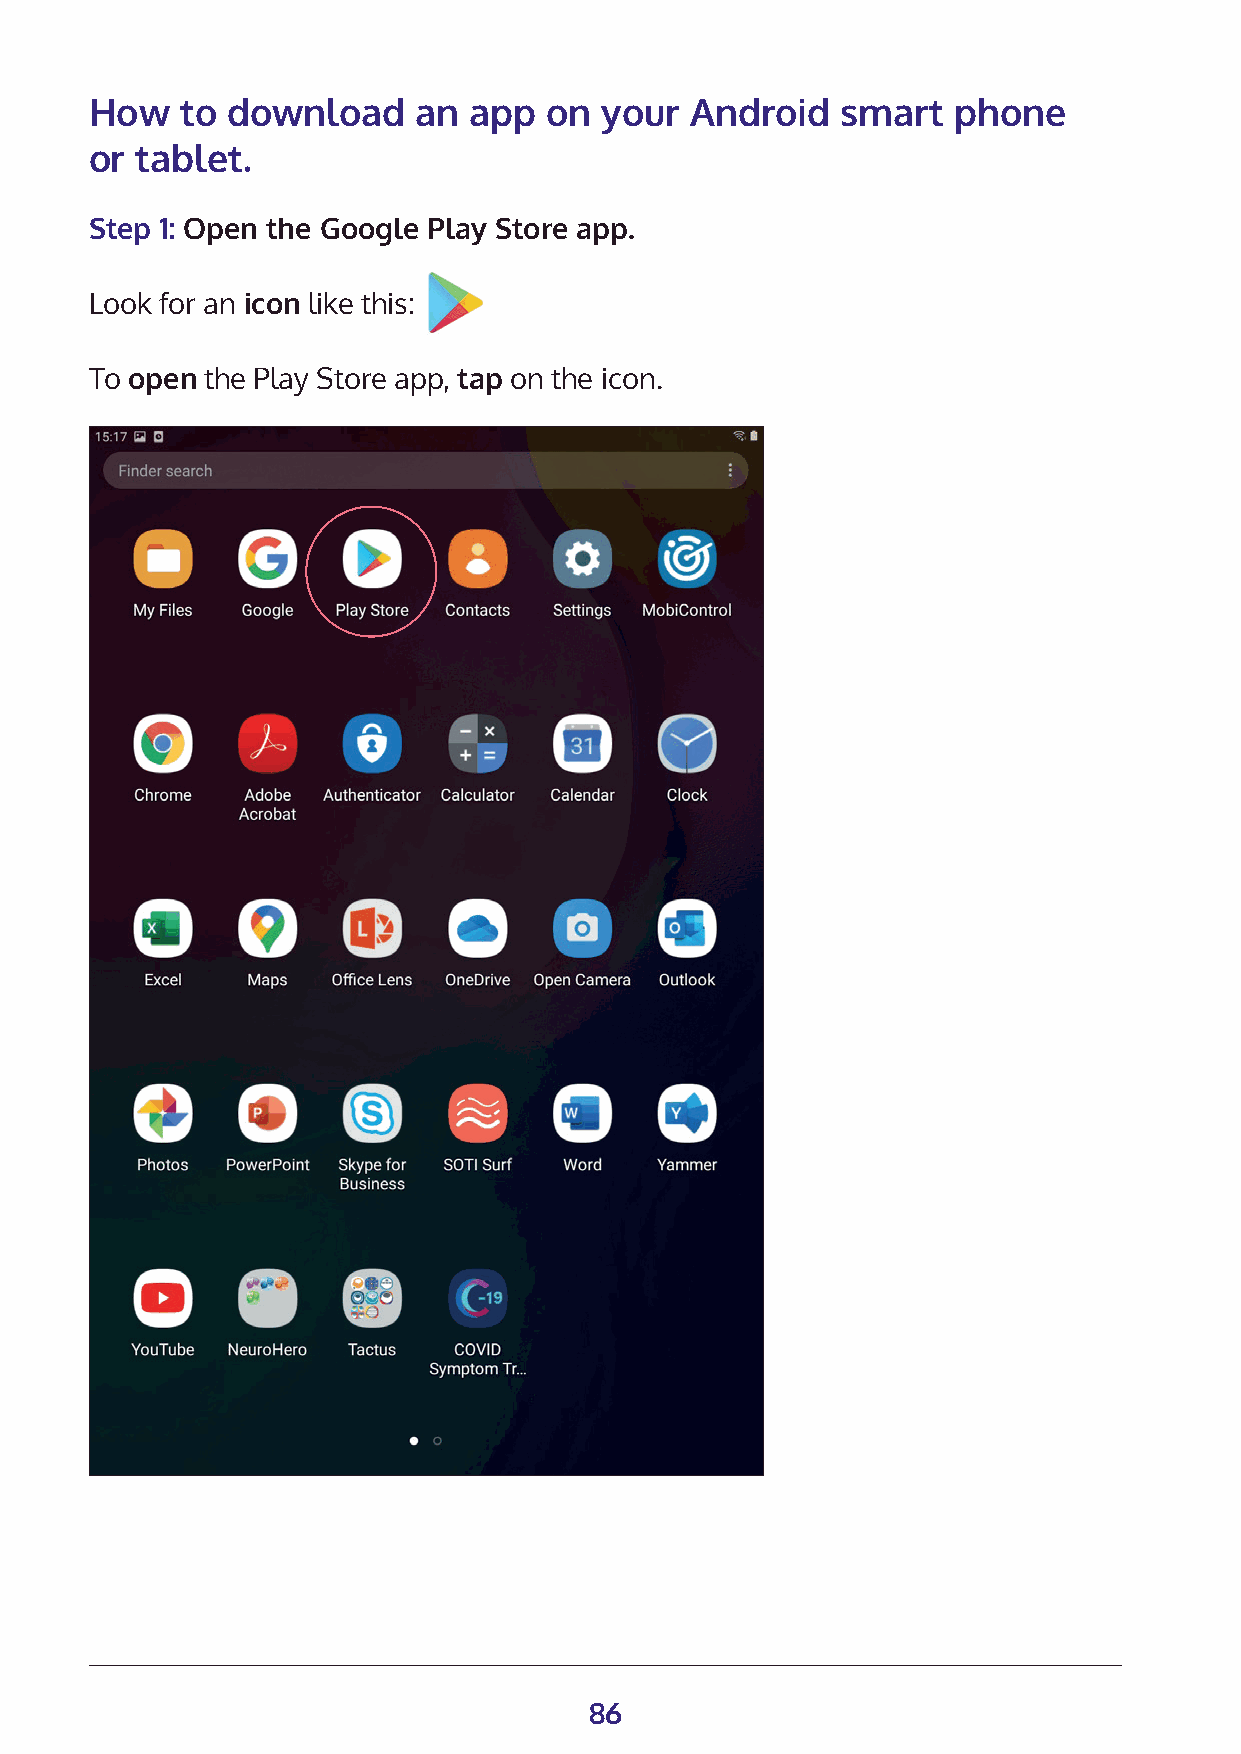
How   to download    an  app  on  your  Android   smart  phone
 or tablet.
 Step 1: Open the Google Play Store app.
 Look for an icon like this:
 To open the Play Store app, tap on the icon.
 86